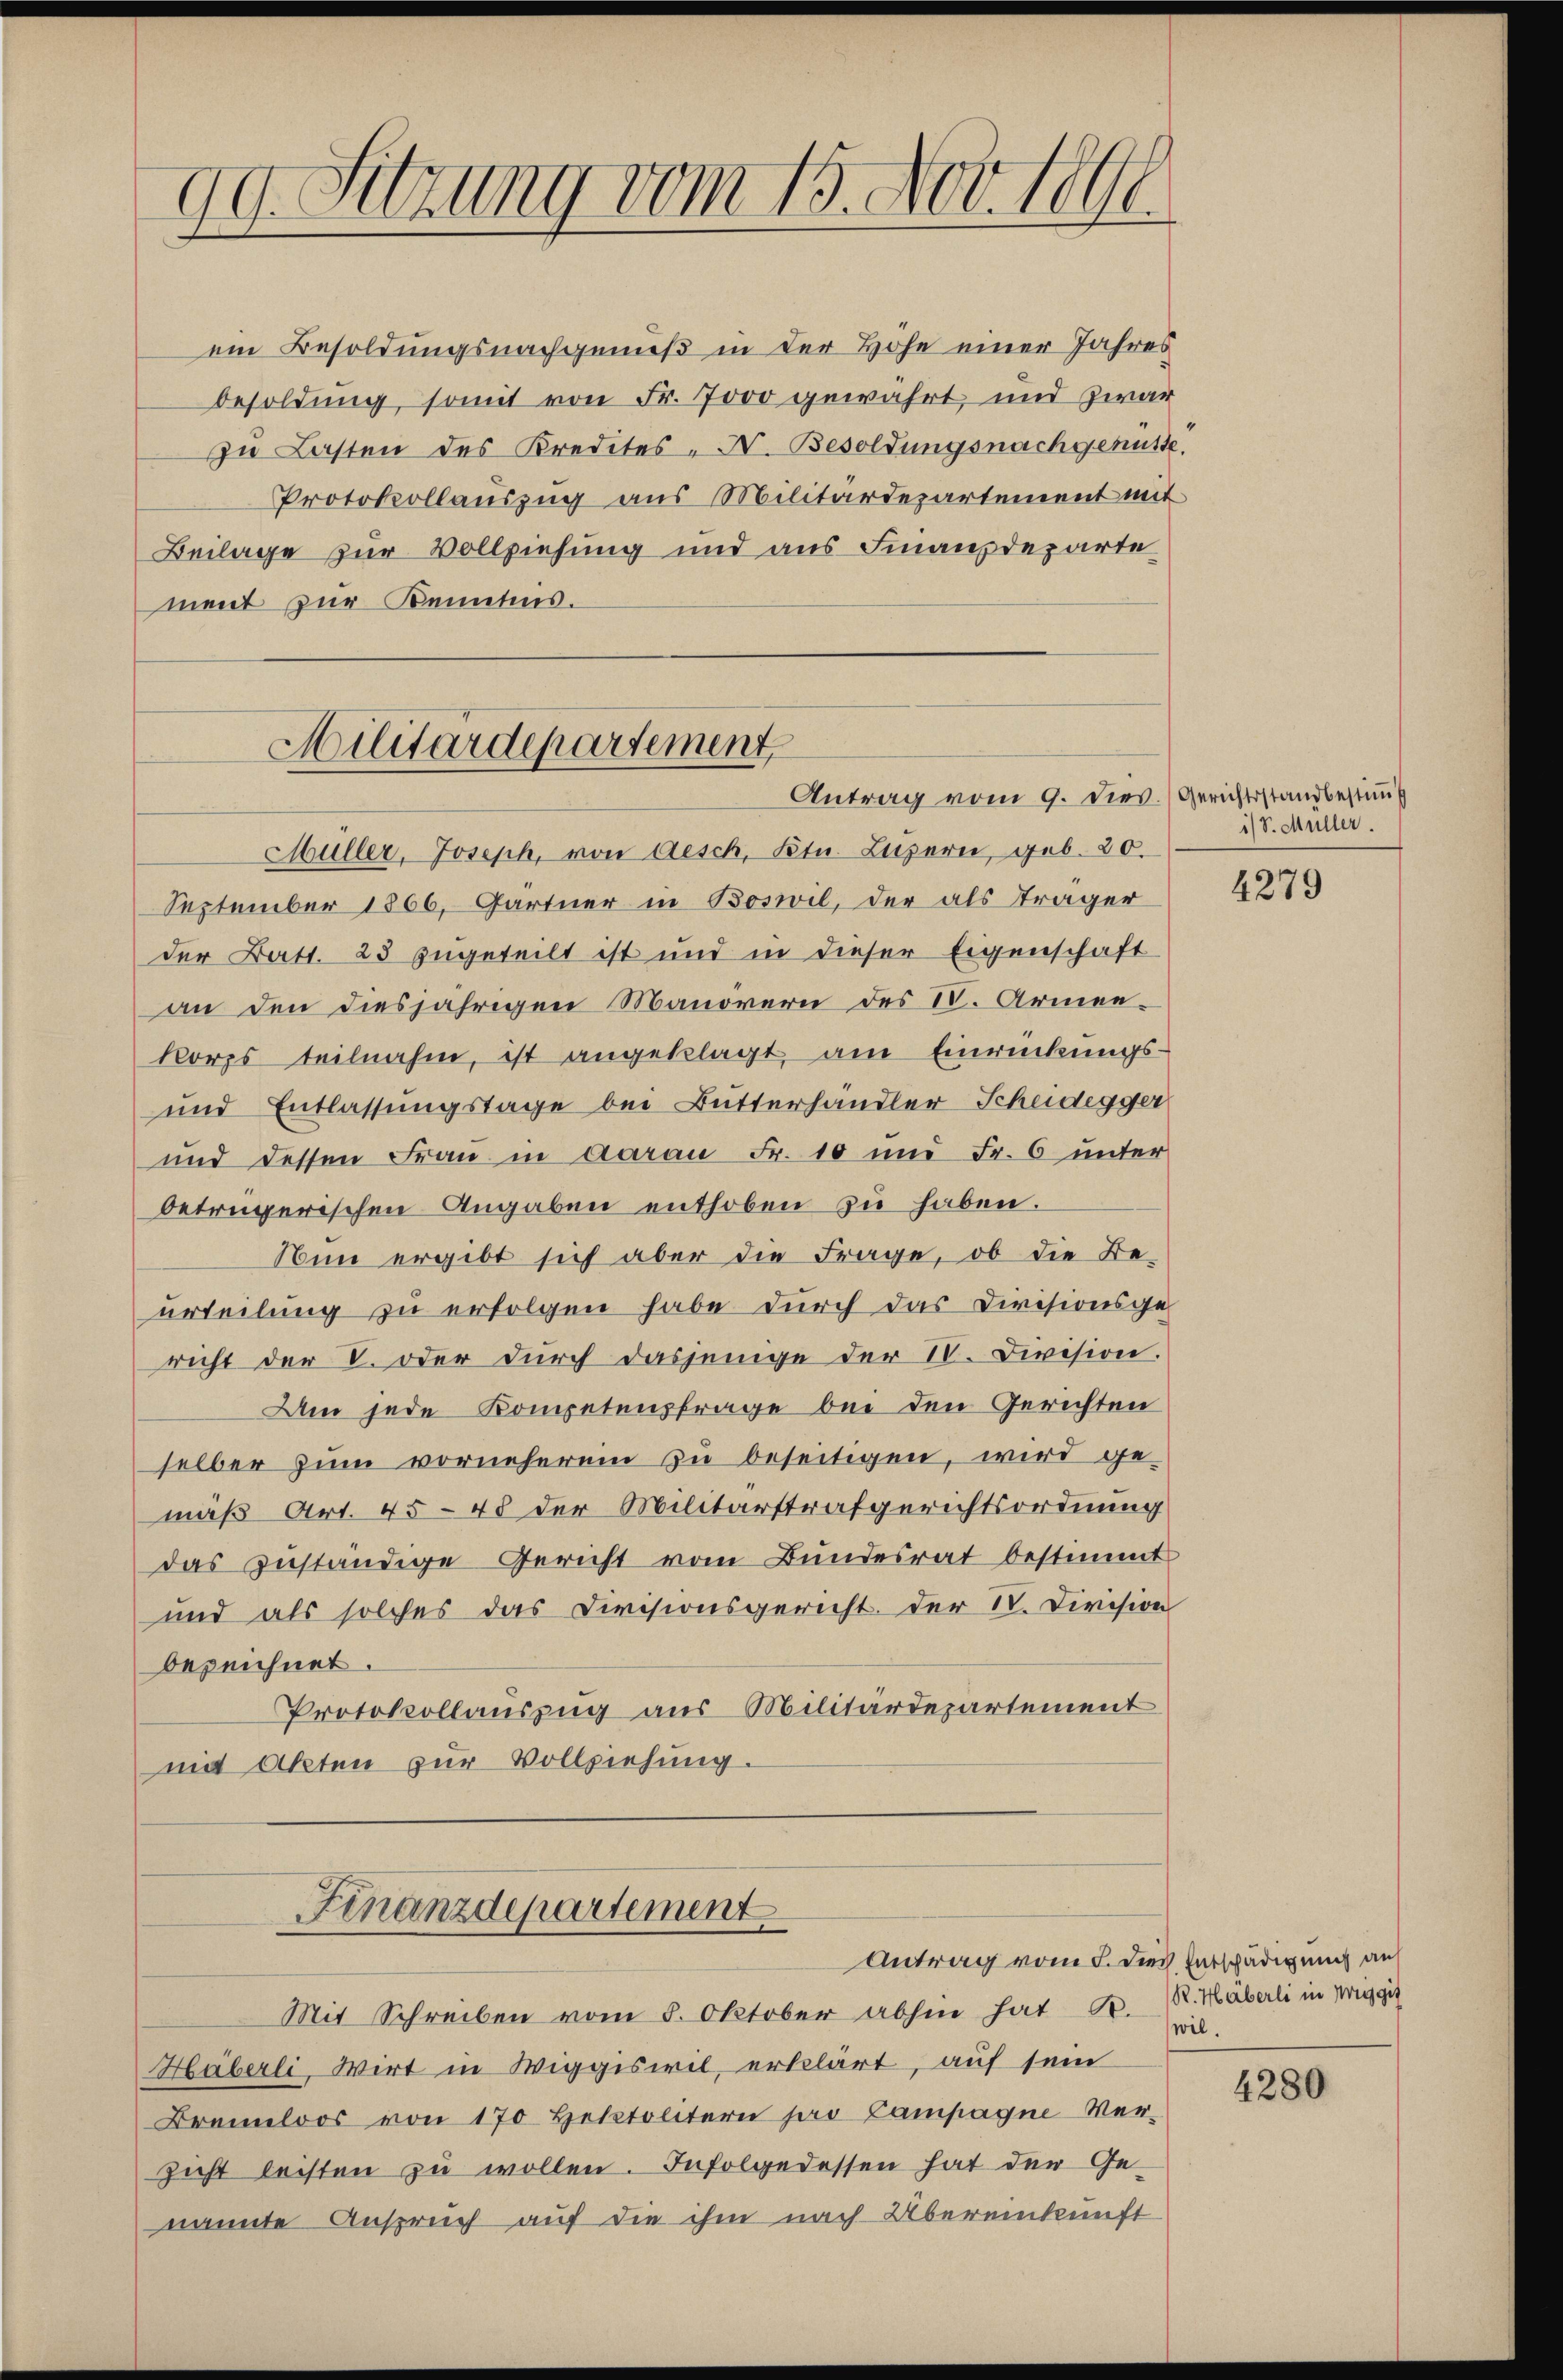
99. Sitzung vom 15. Nov. 1890.

ein Besoldungsnachgenuß in der Höhe einer Jahres
besoldung, somit von Fr. 7000 gewährt, und zwar
zu Lasten des Kredites-X. Besoldungsnachgenusse.
Protokollauszug aus Militärdepartement mit
Beilage zur Vollziehung und aus Finanzdeparte
ment zur Kenntnis.
an den diesjährigen Manovern des IV. Armenkorps teilnahm, ist angeklagt, am Einrückungs-
und Entlassungstage bei Butterhändler Scheidegger
und dessen Fraŭ in darau Fr. 10 und Fr. 6 unter
betrügerischen Angaben enthoben zu haben.
Nun ergibt sich aber die Frage, ob die Be-
urteilung zu erfolgen habe durch das Divisionsge
richt der V. oder durch dasjenige der IV. Division.
Um jede Kompetensfrage bei den Gerichten
selber zum vorneheren zu beseitigen, wird ge-
mäß Art. 45 - 48 der Militärstrafgerichtsordnung
das zuständige Gericht vom Bundesrat bestimmt
und als solches das Civisionsgericht. Der IV. Division
bezeichnet.
Protokollauszug aus Militärdepartement
mi Akten zur Vollziehung.
Finanzdepartement
Antrag vom 5. durch Entschädigung an
Mit Schreiben vom 5. Oktober abhin hat P. R. Haberli in Weggit
Häberli, Wirt in Wiggiswil, erklärt, auf sein
Bremloos von 170 Hettolitern pro Campagne Verzicht leisten zu wollen. Infolgedessen hat der Genannte Anspruch auf die ihm nach Übereinkunft

Hilitärdepartement
Antrag vom 9. dies. (Gerichtsstand bestiṁt

Müller, Joseph, von Aesch, Ktn. Luzern, geb. 20.
September 1866, Gärtner in Boswil, der als Träger
der Bett. 23 zugeteilt ist und in dieser Eigenschaft

1/S. Müller.

4279

wil.

4280